Civil Veterinary Department. Madras. Admin. report 1910-25 - 1910-1925
Year: 1910
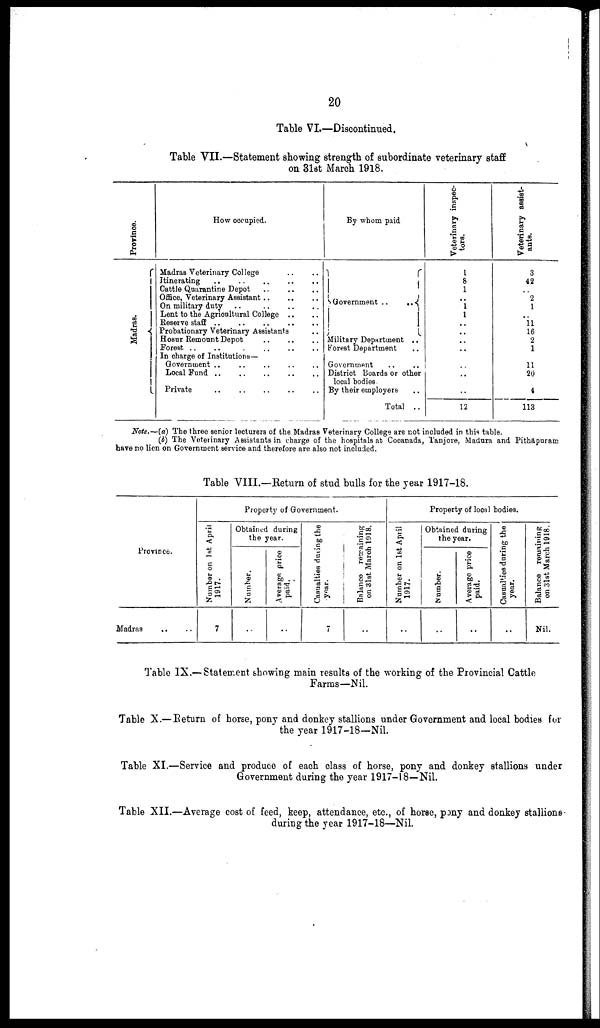
20
Table VI.—Discontinued.
Table VTI.—Statement showing strength of subordinate veterinary staff
on 31st March 1918.
Province.
Ma dr a s .
How occupied.
Madras Veterinary College .. ..
Itinerating .. .. .. .. ..
Cattle Quarantine Depot .. .. ..
Office, Veterinary Assistant .. .. ..
On military duty .. .. .. ..
Lent to the Agricultural College .. ..
Reserve staff .. .. .. .. ..
Probationary Veterinary Assistants ..
Ho8ur Remount Depot .. .. ..
Forest .. .. .. .. ..
In charge of Institutions—
Government .. .. .. .. ..
Local Fund .. .. .. .. ..
Private .. .. .. .. ..
By whom paid
Government ..
..
Military Department ..
Forest Department ..
Government .. ..
District Boards or other
local bodies
By their employers ..
Total ..
Veterinary inspec-
tors.
1
8
1
..
1
1
..
..
..
..
..
..
..
12
Veterinary assist-
ants.
3
42
..
2
1
..
11
16
2
1
11
20
4
113
Note.—(a) The three senior lecturers of the Madras Veterinary College are not included in this table.
(b) The Veterinary Assistants in charge of the hospitals at Cocanada, Tanjore, Madura and Pithapuram
have no licn on Government service and therefore are also not included.
Table VIII.—Return of stud bulls for the year 1917-18.
Province.
Madras
Property of Government.
Number on 1st April
1917.
7
Obtained during
the year.
Number.
..
Average price
paid.
..
Casualties during the
year.
7
Balance remaining
on 31st March 1918.
..
Property of local bodies.
Number on 1st April
1917.
..
Obtained during
the year.
Number.
..
Average price
paid.
..
Casualties during the
year.
..
Balance remaining
on 31st March 1918.
Nil.
Table IX.— Statement showing main results of the working of the Provincial Cattle
Farms—Nil.
Table X.—Return of horse, pony and donkey stallions under Government and local bodies for
the year 1917-18—Nil.
Table XI.—Service and produce of each class of horse, pony and donkey stallions under
Government during the year 1917-18—Nil.
Table XII.—Average cost of feed, keep, attendance, etc., of horse, pony and donkey stallions
during the year 1917-18—Nil.